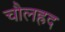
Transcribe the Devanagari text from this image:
चौलह्रद